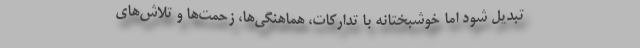
تبدیل شود اما خوشبختانه با تدارکات، هماهنگی‌ها، زحمت‌ها و تلاش‌های